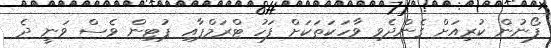
ފޯނުން ކުރިއަށް ގެންދެވި ވާހަކަތަކަށް ފަހު ޓްރަމްޕާއި ޕުޓިން ވެސް ވަނީ ދެ